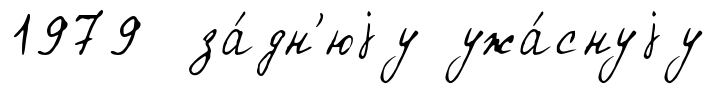
1979 за́дн'юjу ужа́снуjу